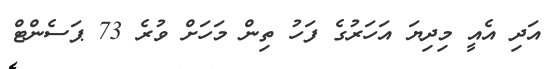
އަދި އެއީ މިދިޔަ އަހަރުގެ ފަހު ތިން މަހަށް ވުރެ 73 ޕަސެންޓް